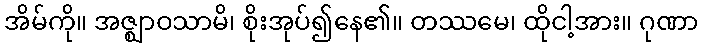
အိမ်ကို။ အဇ္ဈာဝသာမိ၊ စိုးအုပ်၍နေ၏။ တဿမေ၊ ထိုငါ့အား။ ဂုဏာ